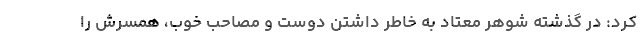
کرد: در گذشته شوهر معتاد به خاطر داشتن دوست و مصاحب خوب، همسرش را